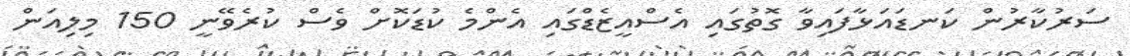
ސަރުކާރުން ކަނޑައަޅާފައިވާ ގޮތުގައި އެސްއީޒެޑްގައި އެންމެ ކުޑަކޮށް ވެސް ކުރެވޭނީ 150 މިލިއަން